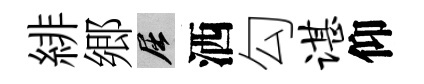
緋郷屈洒勾谌仰